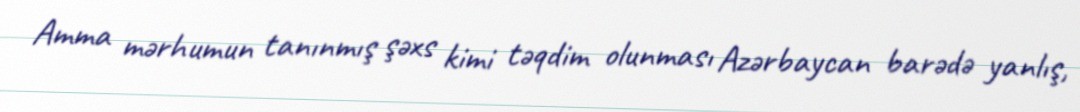
Amma mərhumun tanınmış şəxs kimi təqdim olunması Azərbaycan barədə yanlış,